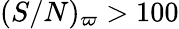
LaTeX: (S/N)_{\varpi}>100